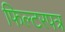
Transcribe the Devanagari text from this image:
फिल्टरपत्र